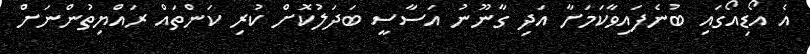
އެ އޯޑިއޯގައި ބުނެފައިވާކަމަށާ އަދި ގާނޫނު އަސާސީ ބަދަލުކޮށް ކުރި ކަންތައް ރައްޔިތުންނަށް